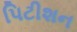
પિટીશન